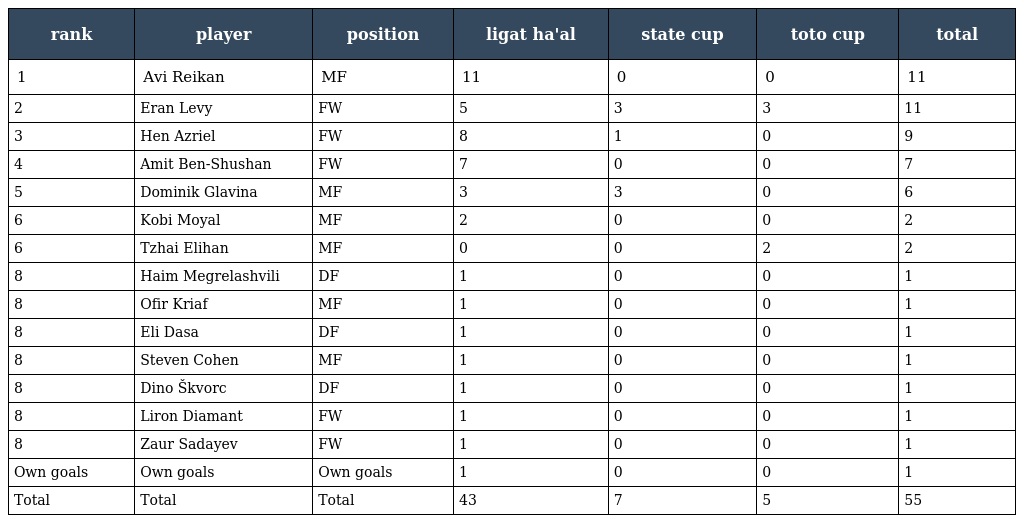
| rank | player | position | ligat ha'al | state cup | toto cup | total |
 | --- | --- | --- | --- | --- | --- | --- |
 | 1 | Avi Reikan | MF | 11 | 0 | 0 | 11 |
 | 2 | Eran Levy | FW | 5 | 3 | 3 | 11 |
 | 3 | Hen Azriel | FW | 8 | 1 | 0 | 9 |
 | 4 | Amit Ben-Shushan | FW | 7 | 0 | 0 | 7 |
 | 5 | Dominik Glavina | MF | 3 | 3 | 0 | 6 |
 | 6 | Kobi Moyal | MF | 2 | 0 | 0 | 2 |
 | 6 | Tzhai Elihan | MF | 0 | 0 | 2 | 2 |
 | 8 | Haim Megrelashvili | DF | 1 | 0 | 0 | 1 |
 | 8 | Ofir Kriaf | MF | 1 | 0 | 0 | 1 |
 | 8 | Eli Dasa | DF | 1 | 0 | 0 | 1 |
 | 8 | Steven Cohen | MF | 1 | 0 | 0 | 1 |
 | 8 | Dino Škvorc | DF | 1 | 0 | 0 | 1 |
 | 8 | Liron Diamant | FW | 1 | 0 | 0 | 1 |
 | 8 | Zaur Sadayev | FW | 1 | 0 | 0 | 1 |
 | Own goals | Own goals | Own goals | 1 | 0 | 0 | 1 |
 | Total | Total | Total | 43 | 7 | 5 | 55 |